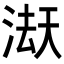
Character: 𭱇